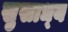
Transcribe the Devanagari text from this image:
सुसाध्‍य